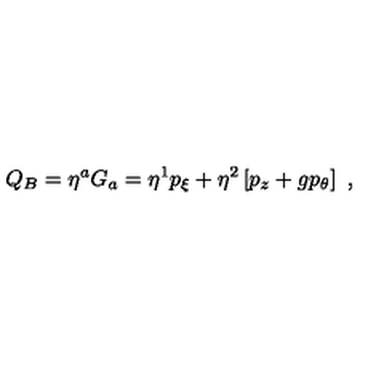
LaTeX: Q _ { B } = \eta ^ { a } G _ { a } = \eta ^ { 1 } p _ { \xi } + \eta ^ { 2 } \left[ p _ { z } + g p _ { \theta } \right] \ ,